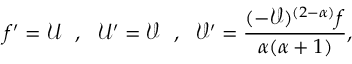
f ^ { \prime } = \mathcal { U } ~ ~ , ~ ~ \mathcal { U } ^ { \prime } = \mathcal { V } ~ ~ , ~ ~ \mathcal { V } ^ { \prime } = \frac { ( - \mathcal { V } ) ^ { ( 2 - \alpha ) } f } { \alpha ( \alpha + 1 ) } ,